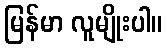
မြန်မာ လူမျိုးပါ။